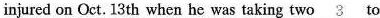
injured on Oct. 13 th when he was taking two \underline{3} to